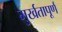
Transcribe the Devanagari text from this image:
मुर्खतापूर्ण